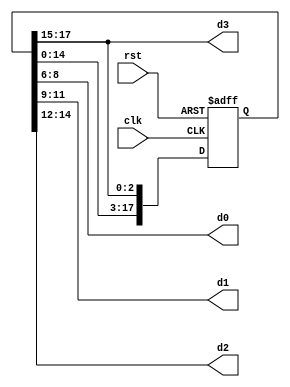
`timescale 1ns / 1ps
//////////////////////////////////////////////////////////////////////////////////
// Company: 
// Engineer: 
// 
// Design Name: 
// Module Name: shifter
// Project Name: 
// Target Devices: 
// Tool Versions: 
// Description: 
// 
// Dependencies: 
// 
// Revision:
// Revision 0.01 - File Created
// Additional Comments:
// 
//////////////////////////////////////////////////////////////////////////////////


module shifter(
      clk,
      rst,
      d0,
      d1,
      d2,
      d3
    );
    input  clk;
    input  rst;
    output [2:0] d0;
    output [2:0] d1;
    output [2:0] d2;
    output [2:0] d3;
    reg [17:0] nthuee;
    
    initial
    begin
    nthuee = 18'b000_001_010_011_100_100;
    end
    
    
    assign d3 = nthuee[17:15];
    assign d2 = nthuee[14:12];
    assign d1 = nthuee[11:9];
    assign d0 = nthuee[8:6];
    
    
    always@( posedge clk or posedge rst )
    begin
    if(rst)
        begin
            nthuee <= 18'b000_001_010_011_100_100;
        end
    else
        begin
            nthuee <= {nthuee[14:0],nthuee[17:15]};
        end
    end
    
endmodule